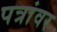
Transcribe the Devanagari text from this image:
पत्रांवर